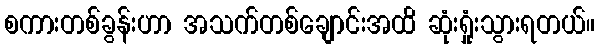
စကားတစ်ခွန်းဟာ အသက်တစ်ချောင်းအထိ ဆုံးရှုံးသွားရတယ်။